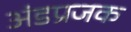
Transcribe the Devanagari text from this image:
अंडप्रजक